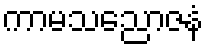
ကာမသညောဇနံ